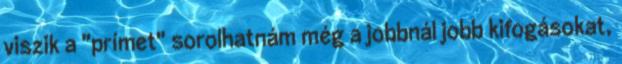
viszik a "prímet" sorolhatnám még a jobbnál jobb kifogásokat,